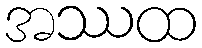
အဿထ